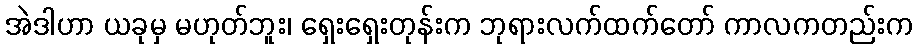
အဲဒါဟာ ယခုမှ မဟုတ်ဘူး၊ ရှေးရှေးတုန်းက ဘုရားလက်ထက်တော် ကာလကတည်းက